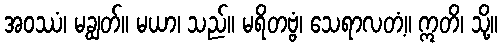
အဝဿံ၊ မချွတ်။ မယာ၊ သည်။ မရိတဗ္ဗံ၊ သေရာလတံ့။ ဣတိ၊ သို့။